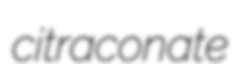
citraconate